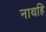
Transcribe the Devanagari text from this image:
नाथहि